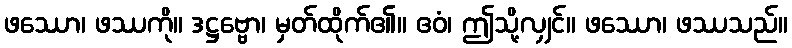
ဖဿော၊ ဖဿကို။ ဒဋ္ဌဗ္ဗော၊ မှတ်ထိုက်၏။ ဧဝံ၊ ဤသို့လျှင်။ ဖဿော၊ ဖဿသည်။